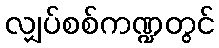
လျှပ်စစ်ကဏ္ဍတွင်